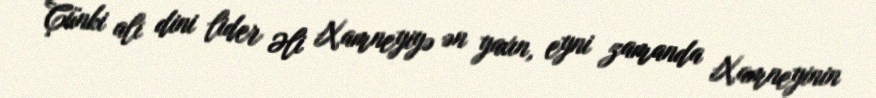
Çünki ali dini lider Əli Xamneyiyə ən yaxın, eyni zamanda Xamneyinin